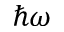
\hbar \omega